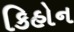
કિહોન